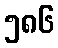
၅၈၆